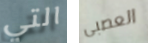
التي العصبى